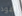
اقود